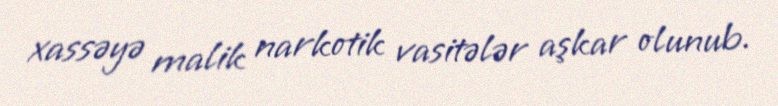
xassəyə malik narkotik vasitələr aşkar olunub.